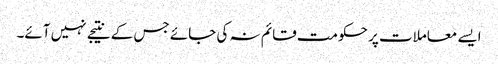
ایسے معاملات پر حکومت قائم نہ کی جائے جس کے نتیجے نہیں آئے۔